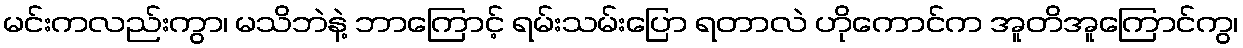
မင်းကလည်းကွာ၊ မသိဘဲနဲ့ ဘာကြောင့် ရမ်းသမ်းပြော ရတာလဲ ဟိုကောင်က အူတိအူကြောင်ကွ၊